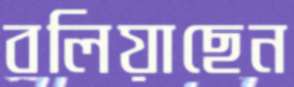
বলিয়াছেন